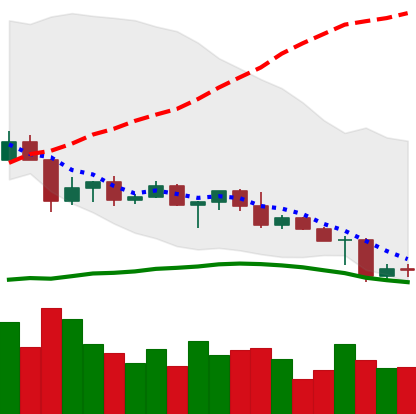
Ticker: ETC-USD
Chart end date: 2022-04-28
Forward return: -13.793%
Label: down_7plus